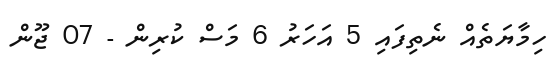
ހިމާޔަތެއް ނެތިފައި 5 އަހަރު 6 މަސް ކުރިން - 07 ޖޫން